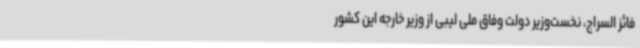
فائز السراج، نخست‌وزیر دولت وفاق ملی لیبی از وزیر خارجه این کشور